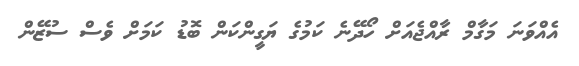
އެއްވަނަ މަގާމް ރާއްޖެއަށް ހޯދޭނެ ކަމުގެ ޔަގީންކަން ބޮޑު ކަމަށް ވެސް ސުޒޭން